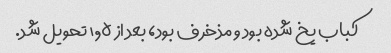
کباب یخ شده بود و مذخرف بود، بعد از ۱٫۵ تحویل شد.